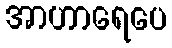
အာဟာရေပေ